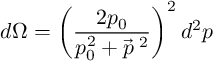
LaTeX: d \Omega = \left( \frac { 2 p _ { 0 } } { p _ { 0 } ^ { 2 } + \vec { p } ^ { ~ \! 2 } } \right) ^ { 2 } d ^ { 2 } p